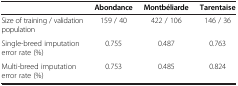
<table><thead><tr><td><b> </b></td><td><b>Abondance</b></td><td><b>Montbéliarde</b></td><td><b>Tarentaise</b></td></tr></thead><tbody><tr><td>Size of training / validation population</td><td>159 / 40</td><td>422 / 106</td><td>146 / 36</td></tr><tr><td>Single-breed imputation error rate (%)</td><td>0.755</td><td>0.487</td><td>0.763</td></tr><tr><td>Multi-breed imputation error rate (%)</td><td>0.753</td><td>0.485</td><td>0.824</td></tr></tbody></table>